Newspaper: The Pacific commercial advertiser. [volume]
Place of publication: Honolulu, Hawaiian Islands
Publisher: [publisher not identified]
Date: 1900-11-22 00:00:00
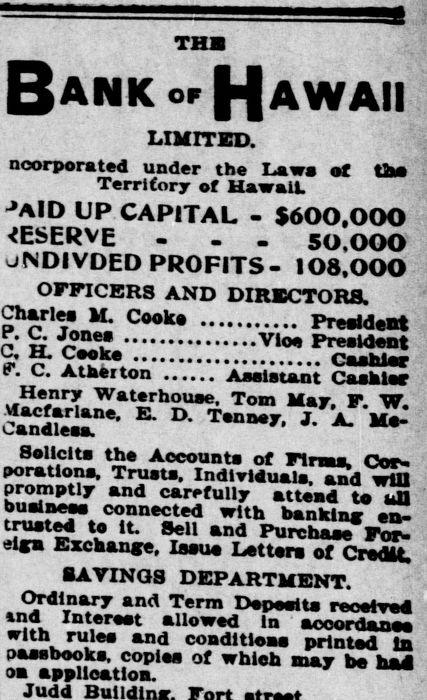
Advertisement text (OCR):
THE B ATJK of HH AWAII LIMITED. noorporated under the Laws of tfe Territory f Hawaii. AlD UP CAPITAL - $600,000 RESERVE - - . 50.000 uNDIVDED PROFITS- 108.000 OFFICERS AND DIRECTORS. Charles M. Cook Prudent V Sf Vloa President r. aTS; sltszs: uanoiesa. uaiicits the Accounts of Firms. Cor J"Jn.d.,u, wlU buatneao connected with banklnx en trusted to it. Sell and elO Exchange, Issue Letter of Credit. SAVINGS DEPARTMENT. Ordinary and Term n.nai. . - nd Interest alio Wtd In ' lAAABMlaM with rules and conditions printed In passbooks, copies of which m k. ..a oa applicatioa. Judd
Label: text-only